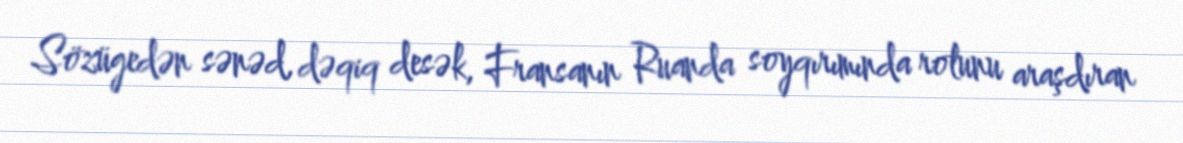
Sözügedən sənəd, dəqiq desək, Fransanın Ruanda soyqırımında rolunu araşdıran